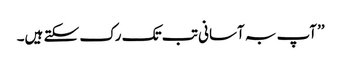
’’آپ بہ آسانی تب تک رک سکتے ہیں۔